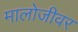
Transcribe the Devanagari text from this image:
मालोजीवर